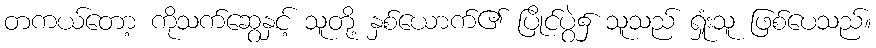
တကယ်တော့ ကိုသက်ဆွေနှင့် သူတို့ နှစ်ယောက်၏ ပြိုင်ပွဲ၌ သူသည် ရှုံးသူ ဖြစ်ပေသည်။